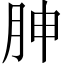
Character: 胂